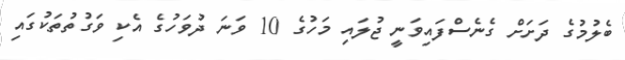
ބެލުމުގެ ދަށަށް ގެނެސްފައިވަނީ ޖުލައި މަހުގެ 10 ވަނަ ދުވަހުގެ އެކި ވަގުތުތަކުގައި